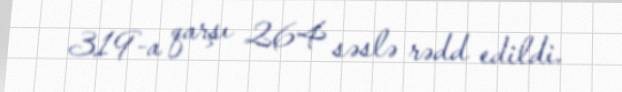
319-a qarşı 264 səslə rədd edildi.